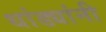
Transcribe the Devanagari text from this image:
धांड्यांनी